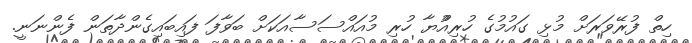
ހިތް ފުރޭވަރަށް މުޅި ގައުމުގެ ހުރިއްުޔާ ހުރި މުއައްސަސާއަކަށް ބަވާފަ ފައިބައިގެންދާތަން ފެންނަނީ.